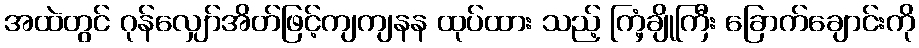
အထဲတွင် ဂုန်လျှော်အိတ်ဖြင့်ကျကျနန ထုပ်ထား သည့် ကြံ့ချိုကြီး ခြောက်ချောင်းကို